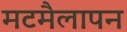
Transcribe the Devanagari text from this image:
मटमैलापन